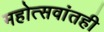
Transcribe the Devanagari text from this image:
महोत्सवांतही